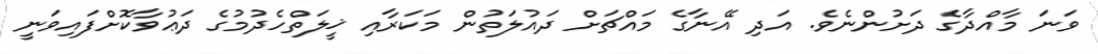
ވަނަ މާއްދާގެ ދަށުންނެވެ. އަދި އޭނާގެ މައްޗަށް ދައުލަތުން މަކަރާއި ޚީލަތްހެދުމުގެ ދަޢުވާކޮށްފައިވަނީ